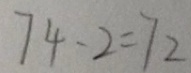
7 4 - 2 = 7 2